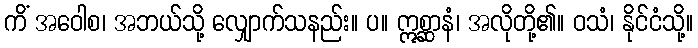
ကိံ အဝေါစ၊ အဘယ်သို့ လျှောက်သနည်း။ ပ။ ဣစ္ဆာနံ၊ အလိုတို့၏။ ဝသံ၊ နိုင်ငံသို့။